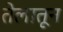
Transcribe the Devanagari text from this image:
तेलातून